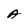
Character: A